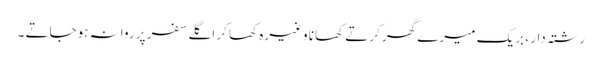
رشتہ دار ، بریک میرے گھر کرتے کھانا وغیرہ کھا کر اگلے سفر پر روانہ ہوجاتے ۔